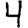
Digit: 4